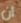
ان